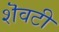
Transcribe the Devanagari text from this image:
शॆवटी